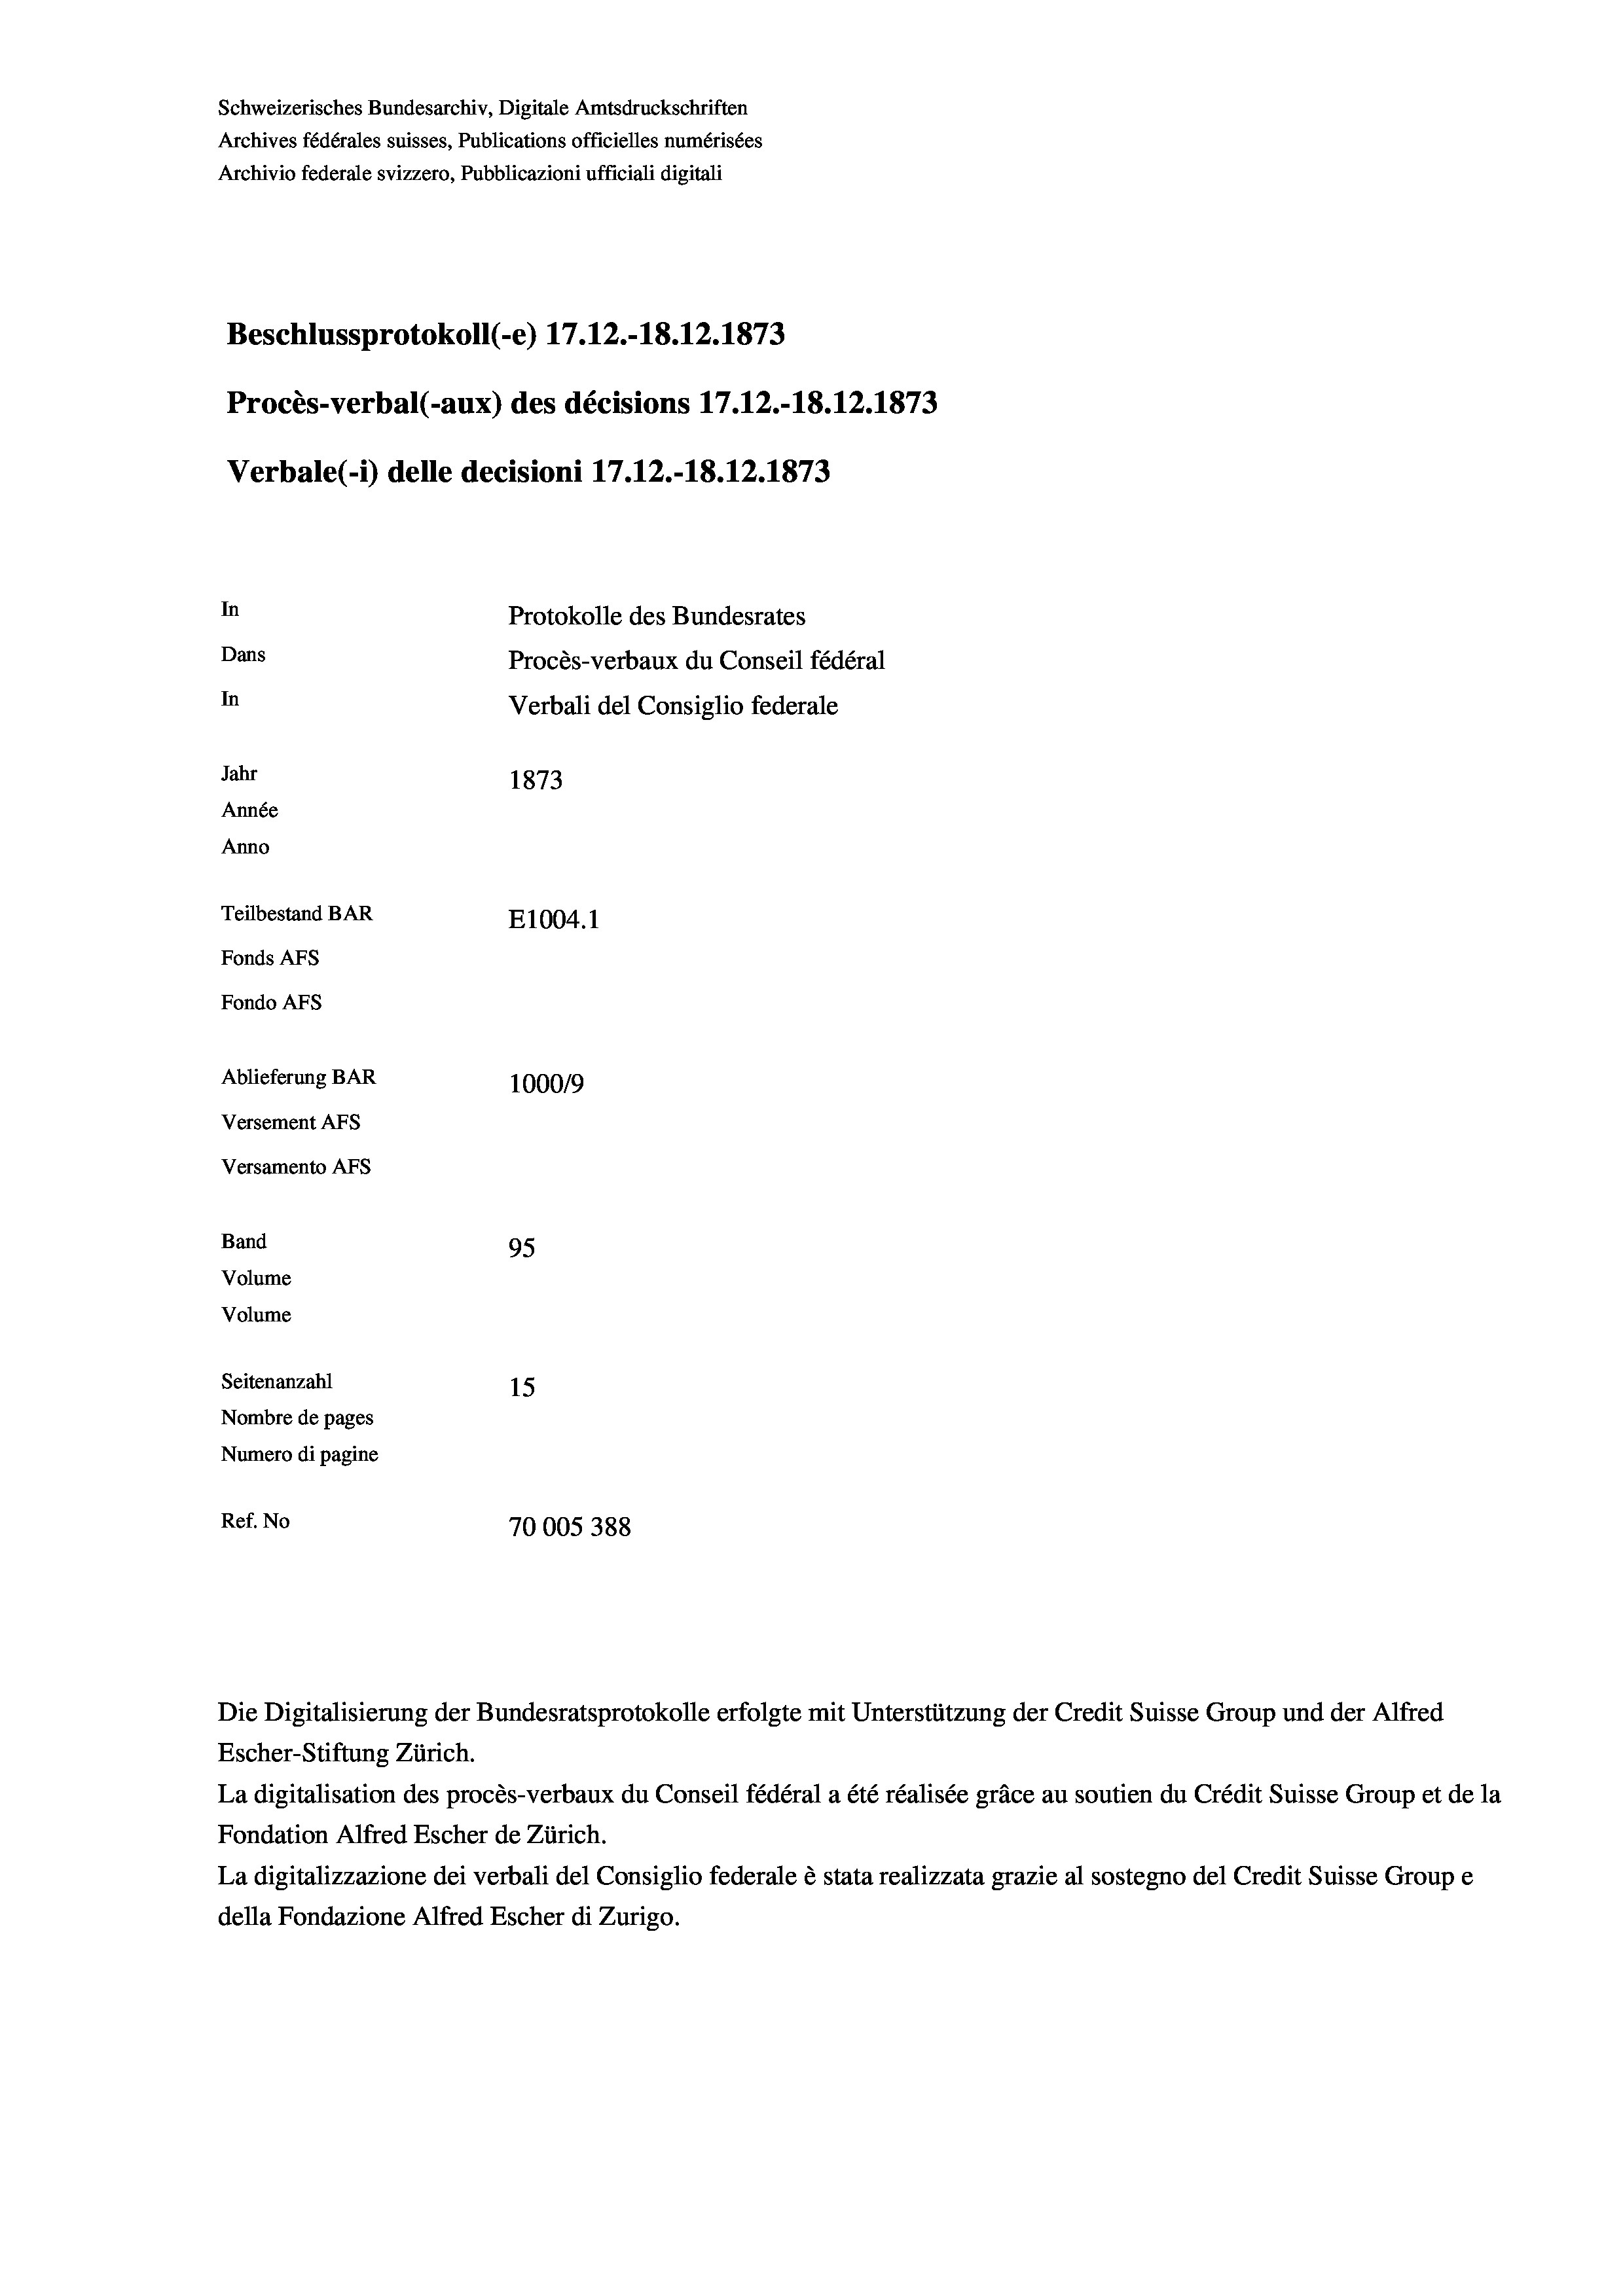
Schweizerisches Bundesarchiv, Digitale Amtsdruckschriften
Archives fédérales suisses, Publications officielles numérisées
Archivio federale svizzero, Pubblicazioni ufficiali digitali
Beschlussprotokoll (-e) 17.12.-18. 12. 1873
Procès-verbal (-aux) des décisions 17.12.-18. 12. 1873
Verbale(*) delle decisioni 17.12.-18. 12. 1873
In
Protokolle des Bundesrates
Dans
Procès-verbaux du Conseil fédéral
In
Verbali del Consiglio federale
Jahr
1873
Année
Anno
Teilbestand BAR
E1004.1
Fonds AFs
Fondo AFs
Ablieferung BAR
100019
Versement AFs
Versamento AFs
Band
95
Volume
Volume
Seitenanzahl
15
Nombre de pages
Numero di pagine
Ref. No
70005388

Die Digitalisierung der Bundesratsprotokolle erfolgte mit Unterstützung der Credit Suisse Group und der Alfred
Escher-Stiftung Zürich.
La digitalisation des procès-verbaux du Conseil fédéral a été réalisée gräce au soutien du Crédit Suisse Group et de la
Fondation Alfred Escher de Zürich.
La digitalizzazione dei verbali del Consiglio federale è stata realizzata grazie al sostegno del Credit Suisse Groupe
della Fondazione Alfred Escher di Zurigo.